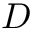
D